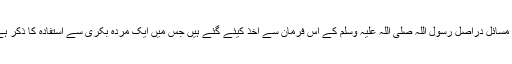
یہ مسائل دراصل رسول اللہ صلی اللہ علیہ وسلم کے اس فرمان سے اخذ کیئے گئے ہیں جس میں ایک مردہ بکری سے استفادہ کا ذکر ہے۔